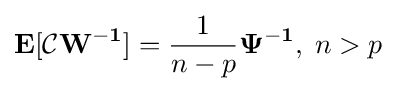
\mathbf {E} [{\mathcal {C}}\mathbf {W^{-1}} ]={\frac {1}{n-p}}\mathbf {\Psi ^{-1}} ,\;n>p